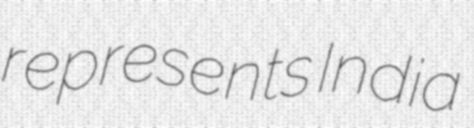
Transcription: represents India